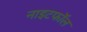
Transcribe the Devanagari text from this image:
नाइटफॉल